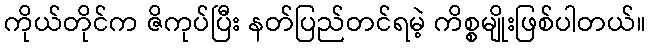
ကိုယ်တိုင်က ဇိကုပ်ပြီး နတ်ပြည်တင်ရမဲ့ ကိစ္စမျိုးဖြစ်ပါတယ်။